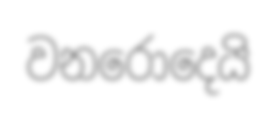
වනරොදෙයි